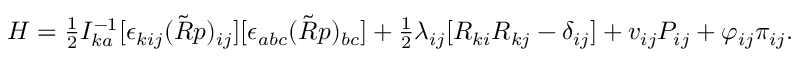
\begin{array} { r } { H = \frac 1 2 I _ { k a } ^ { - 1 } [ \epsilon _ { k i j } ( \tilde { R } p ) _ { i j } ] [ \epsilon _ { a b c } ( \tilde { R } p ) _ { b c } ] + \frac 1 2 \lambda _ { i j } [ R _ { k i } R _ { k j } - \delta _ { i j } ] + v _ { i j } P _ { i j } + \varphi _ { i j } \pi _ { i j } . } \end{array}